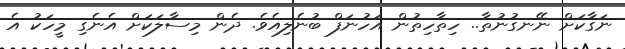
ނަގާކަށް ނޭނގުނުތާ.. ހިތާހިތުން އަހުނަފް ބުނެލިއެވެ. ދެން މިސާލަކަށް އެނެގި މީހަކު އެ